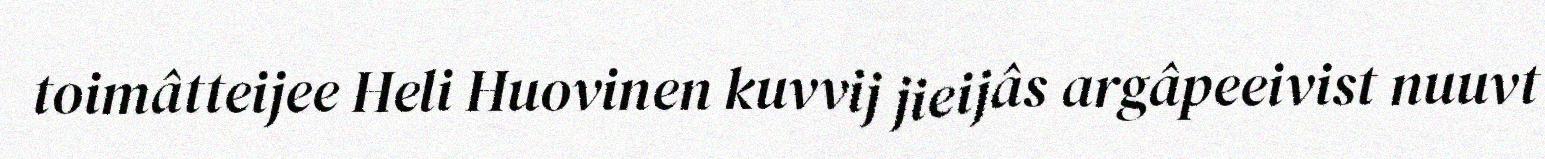
toimâtteijee Heli Huovinen kuvvij jieijâs argâpeeivist nuuvt